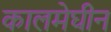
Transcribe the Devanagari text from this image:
कालमेघीन